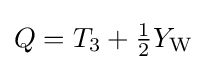
Q=T_{3}+{\tfrac {1}{2}}Y_{\mathrm {W} }~